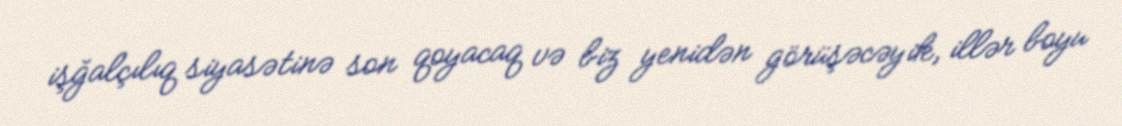
işğalçılıq siyasətinə son qoyacaq və biz yenidən görüşəcəyik, illər boyu